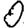
Digit: 0